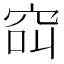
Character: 䆗